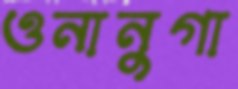
ওনানুগা